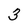
Character: 3